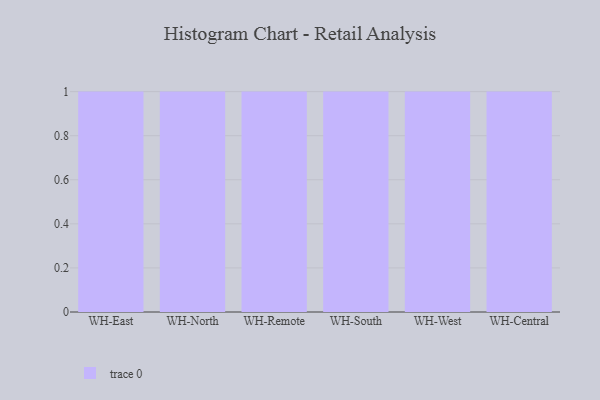
{"axis": {"x": "Warehouse", "y": "Demand Index"}, "legend": [""], "data": [{"x": "WH-East", "y": 15, "type": ""}, {"x": "WH-North", "y": 68, "type": ""}, {"x": "WH-Remote", "y": 89, "type": ""}, {"x": "WH-South", "y": 35, "type": ""}, {"x": "WH-West", "y": 95, "type": ""}, {"x": "WH-Central", "y": 58, "type": ""}]}